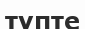
түпте